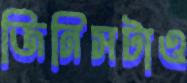
জিনিসটাও